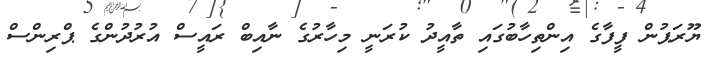
ޔޫރަޕުން ފީފާގެ އިންތިހާބުގައި ތާއީދު ކުރަނީ މިހާރުގެ ނާއިބް ރައީސް އުރުދުންގެ ޕްރިންސް